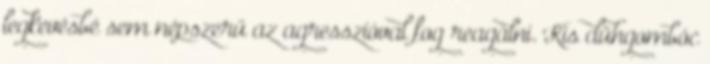
legkevésbé sem népszerű az agresszióval fog reagálni. Kis dühgombóc